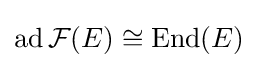
\operatorname {ad} {\mathcal {F}}(E)\cong \operatorname {End} (E)